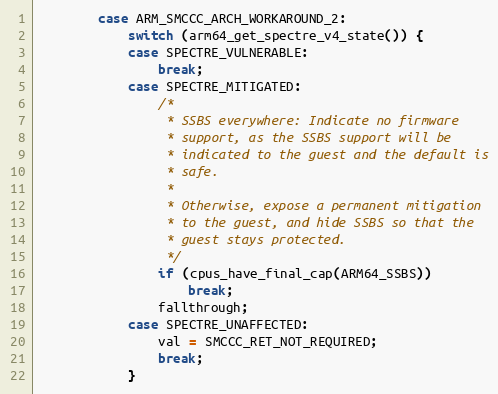
Language: C
		case ARM_SMCCC_ARCH_WORKAROUND_2:
			switch (arm64_get_spectre_v4_state()) {
			case SPECTRE_VULNERABLE:
				break;
			case SPECTRE_MITIGATED:
				/*
				 * SSBS everywhere: Indicate no firmware
				 * support, as the SSBS support will be
				 * indicated to the guest and the default is
				 * safe.
				 *
				 * Otherwise, expose a permanent mitigation
				 * to the guest, and hide SSBS so that the
				 * guest stays protected.
				 */
				if (cpus_have_final_cap(ARM64_SSBS))
					break;
				fallthrough;
			case SPECTRE_UNAFFECTED:
				val = SMCCC_RET_NOT_REQUIRED;
				break;
			}